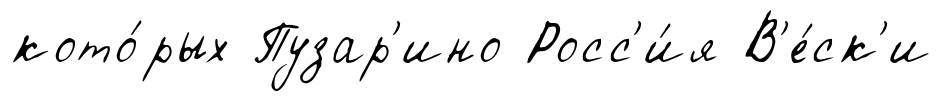
кото́рых Пузар'ино Росс'и́я В'е́ск'и